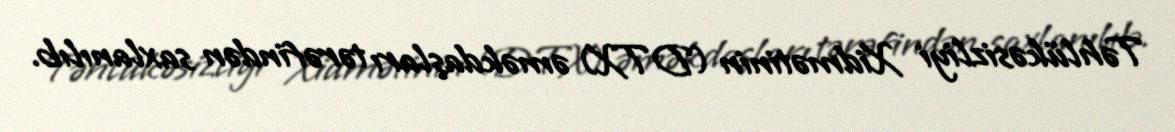
Təhlükəsizliyi Xidmətinin (DTX) əməkdaşları tərəfindən saxlanılıb.